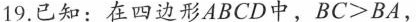
19.已知：在四边形ABCD中，$$B C > B A$$，